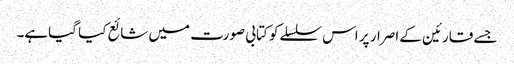
جسے قارئین کے اصرار پر اس سلسلےکو کتابی صورت میں شائع کیا گیاہے۔